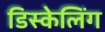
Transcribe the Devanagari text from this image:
डिस्केलिंग